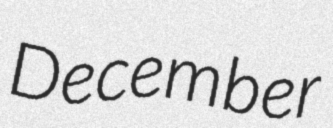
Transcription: December